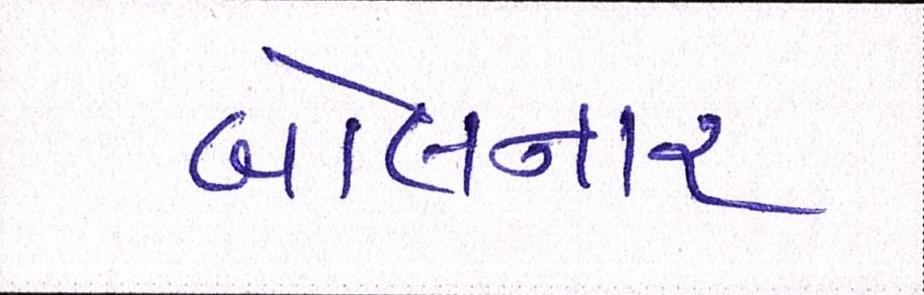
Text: બોલનાર